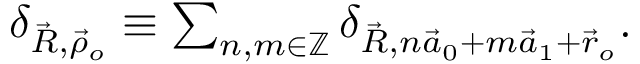
\begin{array} { r } { \delta _ { \vec { R } , \vec { \rho } _ { o } } \equiv \sum _ { n , m \in \mathbb { Z } } \delta _ { \vec { R } , n \vec { a } _ { 0 } + m \vec { a } _ { 1 } + \vec { r } _ { o } } . } \end{array}